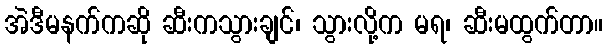
အဲဒီမနက်ကဆို ဆီးကသွားချင်၊ သွားလို့က မရ၊ ဆီးမထွက်တာ။